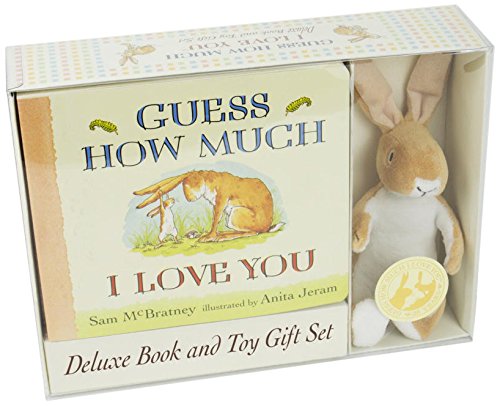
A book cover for Guess How Much I Love You: Deluxe Book and Toy Gift Set; Sam McBratney; Children's Books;